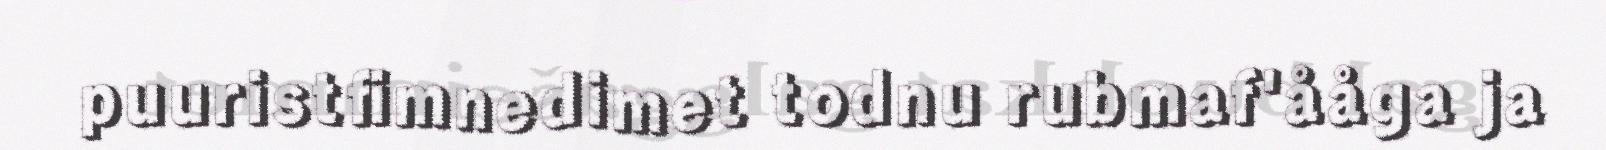
puuristfimnedimet todnu rubmaf'ååga ja